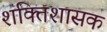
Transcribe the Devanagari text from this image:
शक्तिशासक